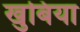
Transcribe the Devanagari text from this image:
खुबिया